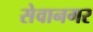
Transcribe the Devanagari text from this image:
सेवानगर